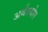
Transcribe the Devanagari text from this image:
अर्थप्रयोग